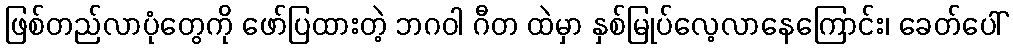
ဖြစ်တည်လာပုံတွေကို ဖော်ပြထားတဲ့ ဘဂဝါ ဂီတ ထဲမှာ နှစ်မြုပ်လေ့လာနေကြောင်း၊ ခေတ်ပေါ်